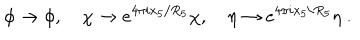
\phi \rightarrow \phi , ~ \chi \rightarrow e ^ { 4 \pi i x _ { 5 } / R _ { 5 } } \chi , ~ \eta \rightarrow e ^ { 4 \pi i x _ { 5 } / R _ { 5 } } \eta \ .